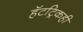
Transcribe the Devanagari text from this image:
हॅटट्रिकही